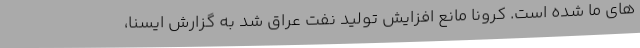
های ما شده است. کرونا مانع افزایش تولید نفت عراق شد به گزارش ایسنا،